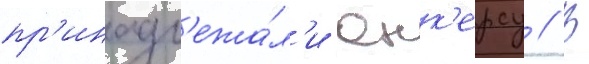
пр'инадл'ежа́л'и юнк'ерсу // В